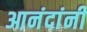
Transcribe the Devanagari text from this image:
आनंदांनी